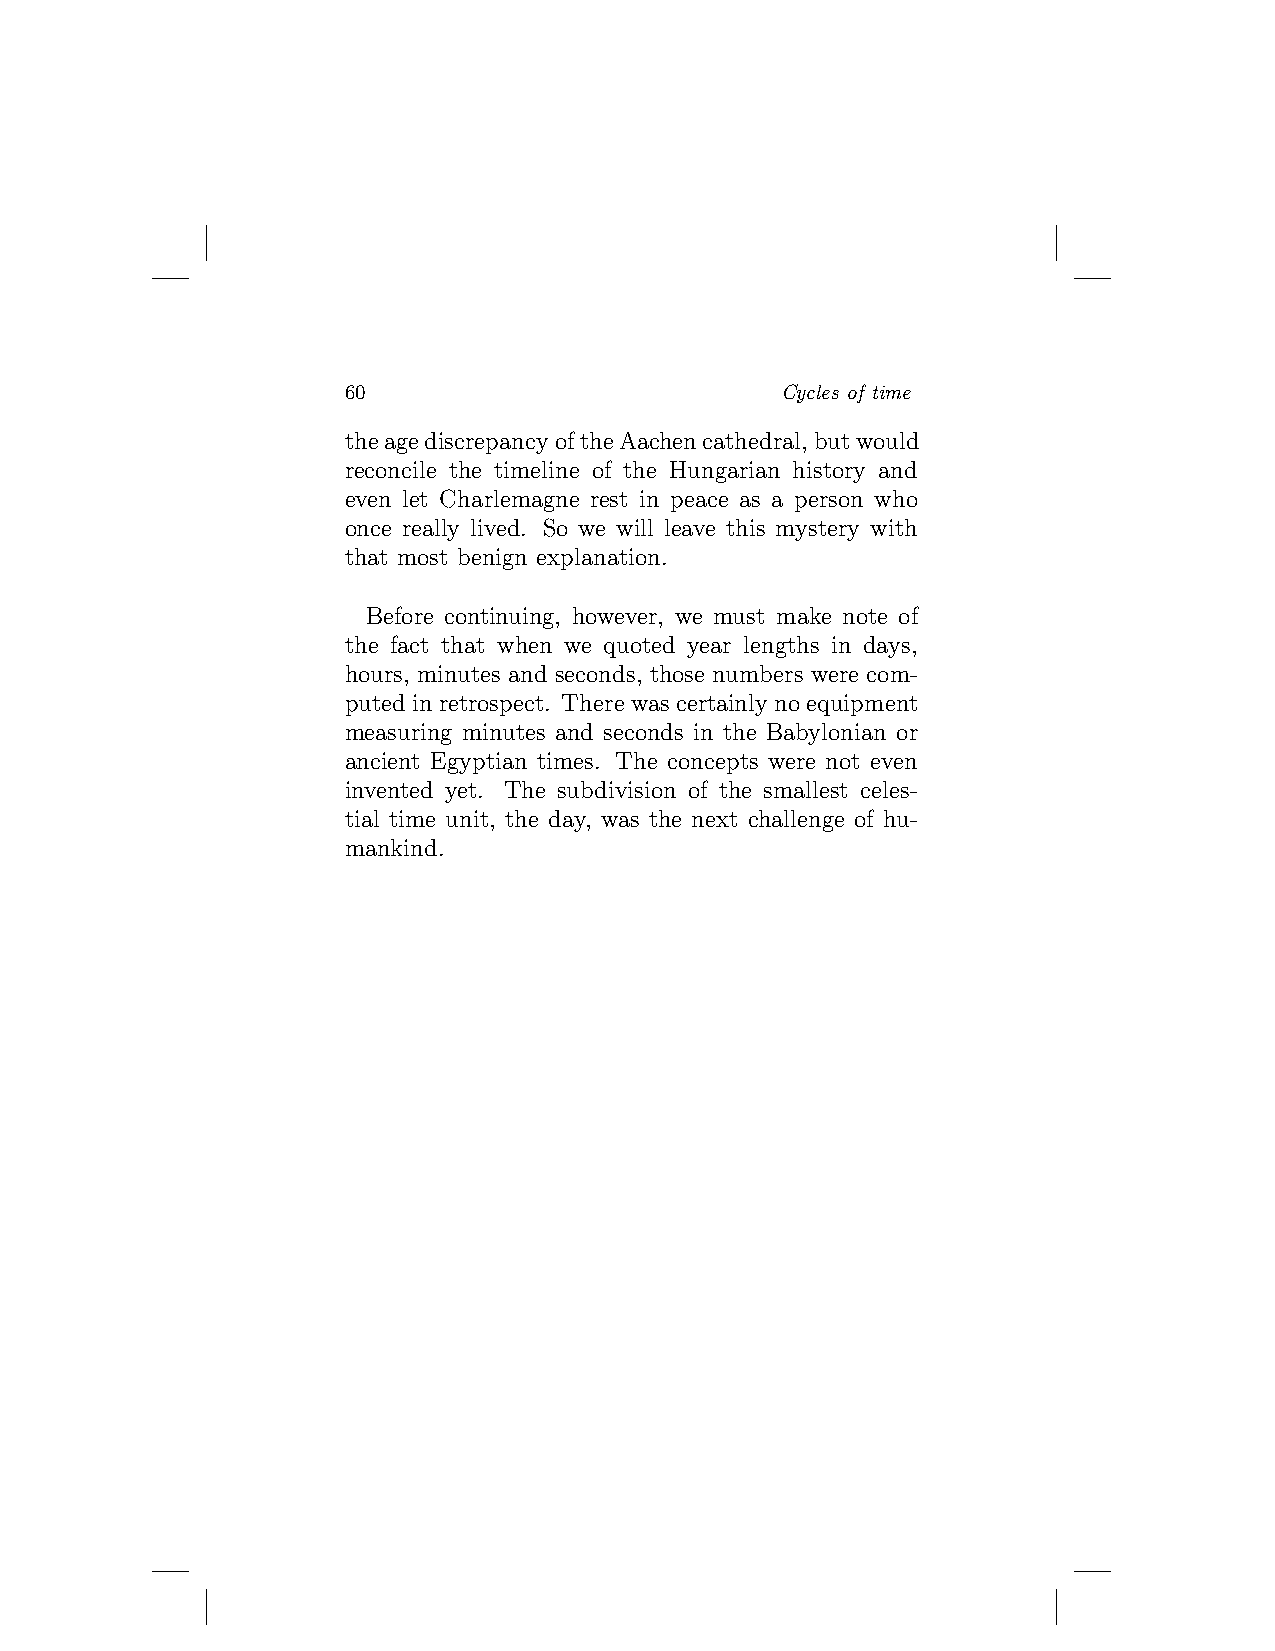
60                           Cycles of time
 theagediscrepancyoftheAachencathedral,butwould
 reconcile the timeline of the Hungarian history and
 even let Charlemagne rest in peace as a person who
 once really lived. So we will leave this mystery with
 that most benign explanation.
 Before continuing, however, we must make note of
 the fact that when we quoted year lengths in days,
 hours, minutes and seconds, those numbers were com-
 putedin retrospect. Therewascertainlynoequipment
 measuring minutes and seconds in the Babylonian or
 ancient Egyptian times. The concepts were not even
 invented yet. The subdivision of the smallest celes-
 tial time unit, the day, was the next challenge of hu-
 mankind.